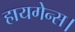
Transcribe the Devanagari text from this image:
हायगेन्स।